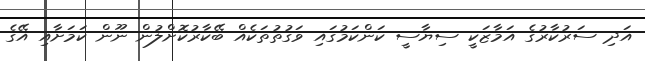
އަދި ސަރުކާރުގެ އަމާޒަކީ ސިޔާސީ ކަންކަމުގައި ވަގުތުތަކެއް ބޭކާރުކޮށްލުން ނޫން ކަމަށާއި އޭގެ